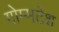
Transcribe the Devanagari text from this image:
गोम्मटेश